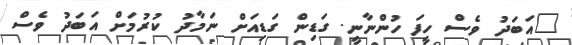
"އަބަދު ވެސް ހީފަ ހުންނާނީ. ގަޑިން ގަޑިއަށް ނަމާދު ކުރުމަށް އަބަދު ވެސް